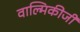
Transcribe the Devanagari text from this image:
वाल्‍मिकीजी